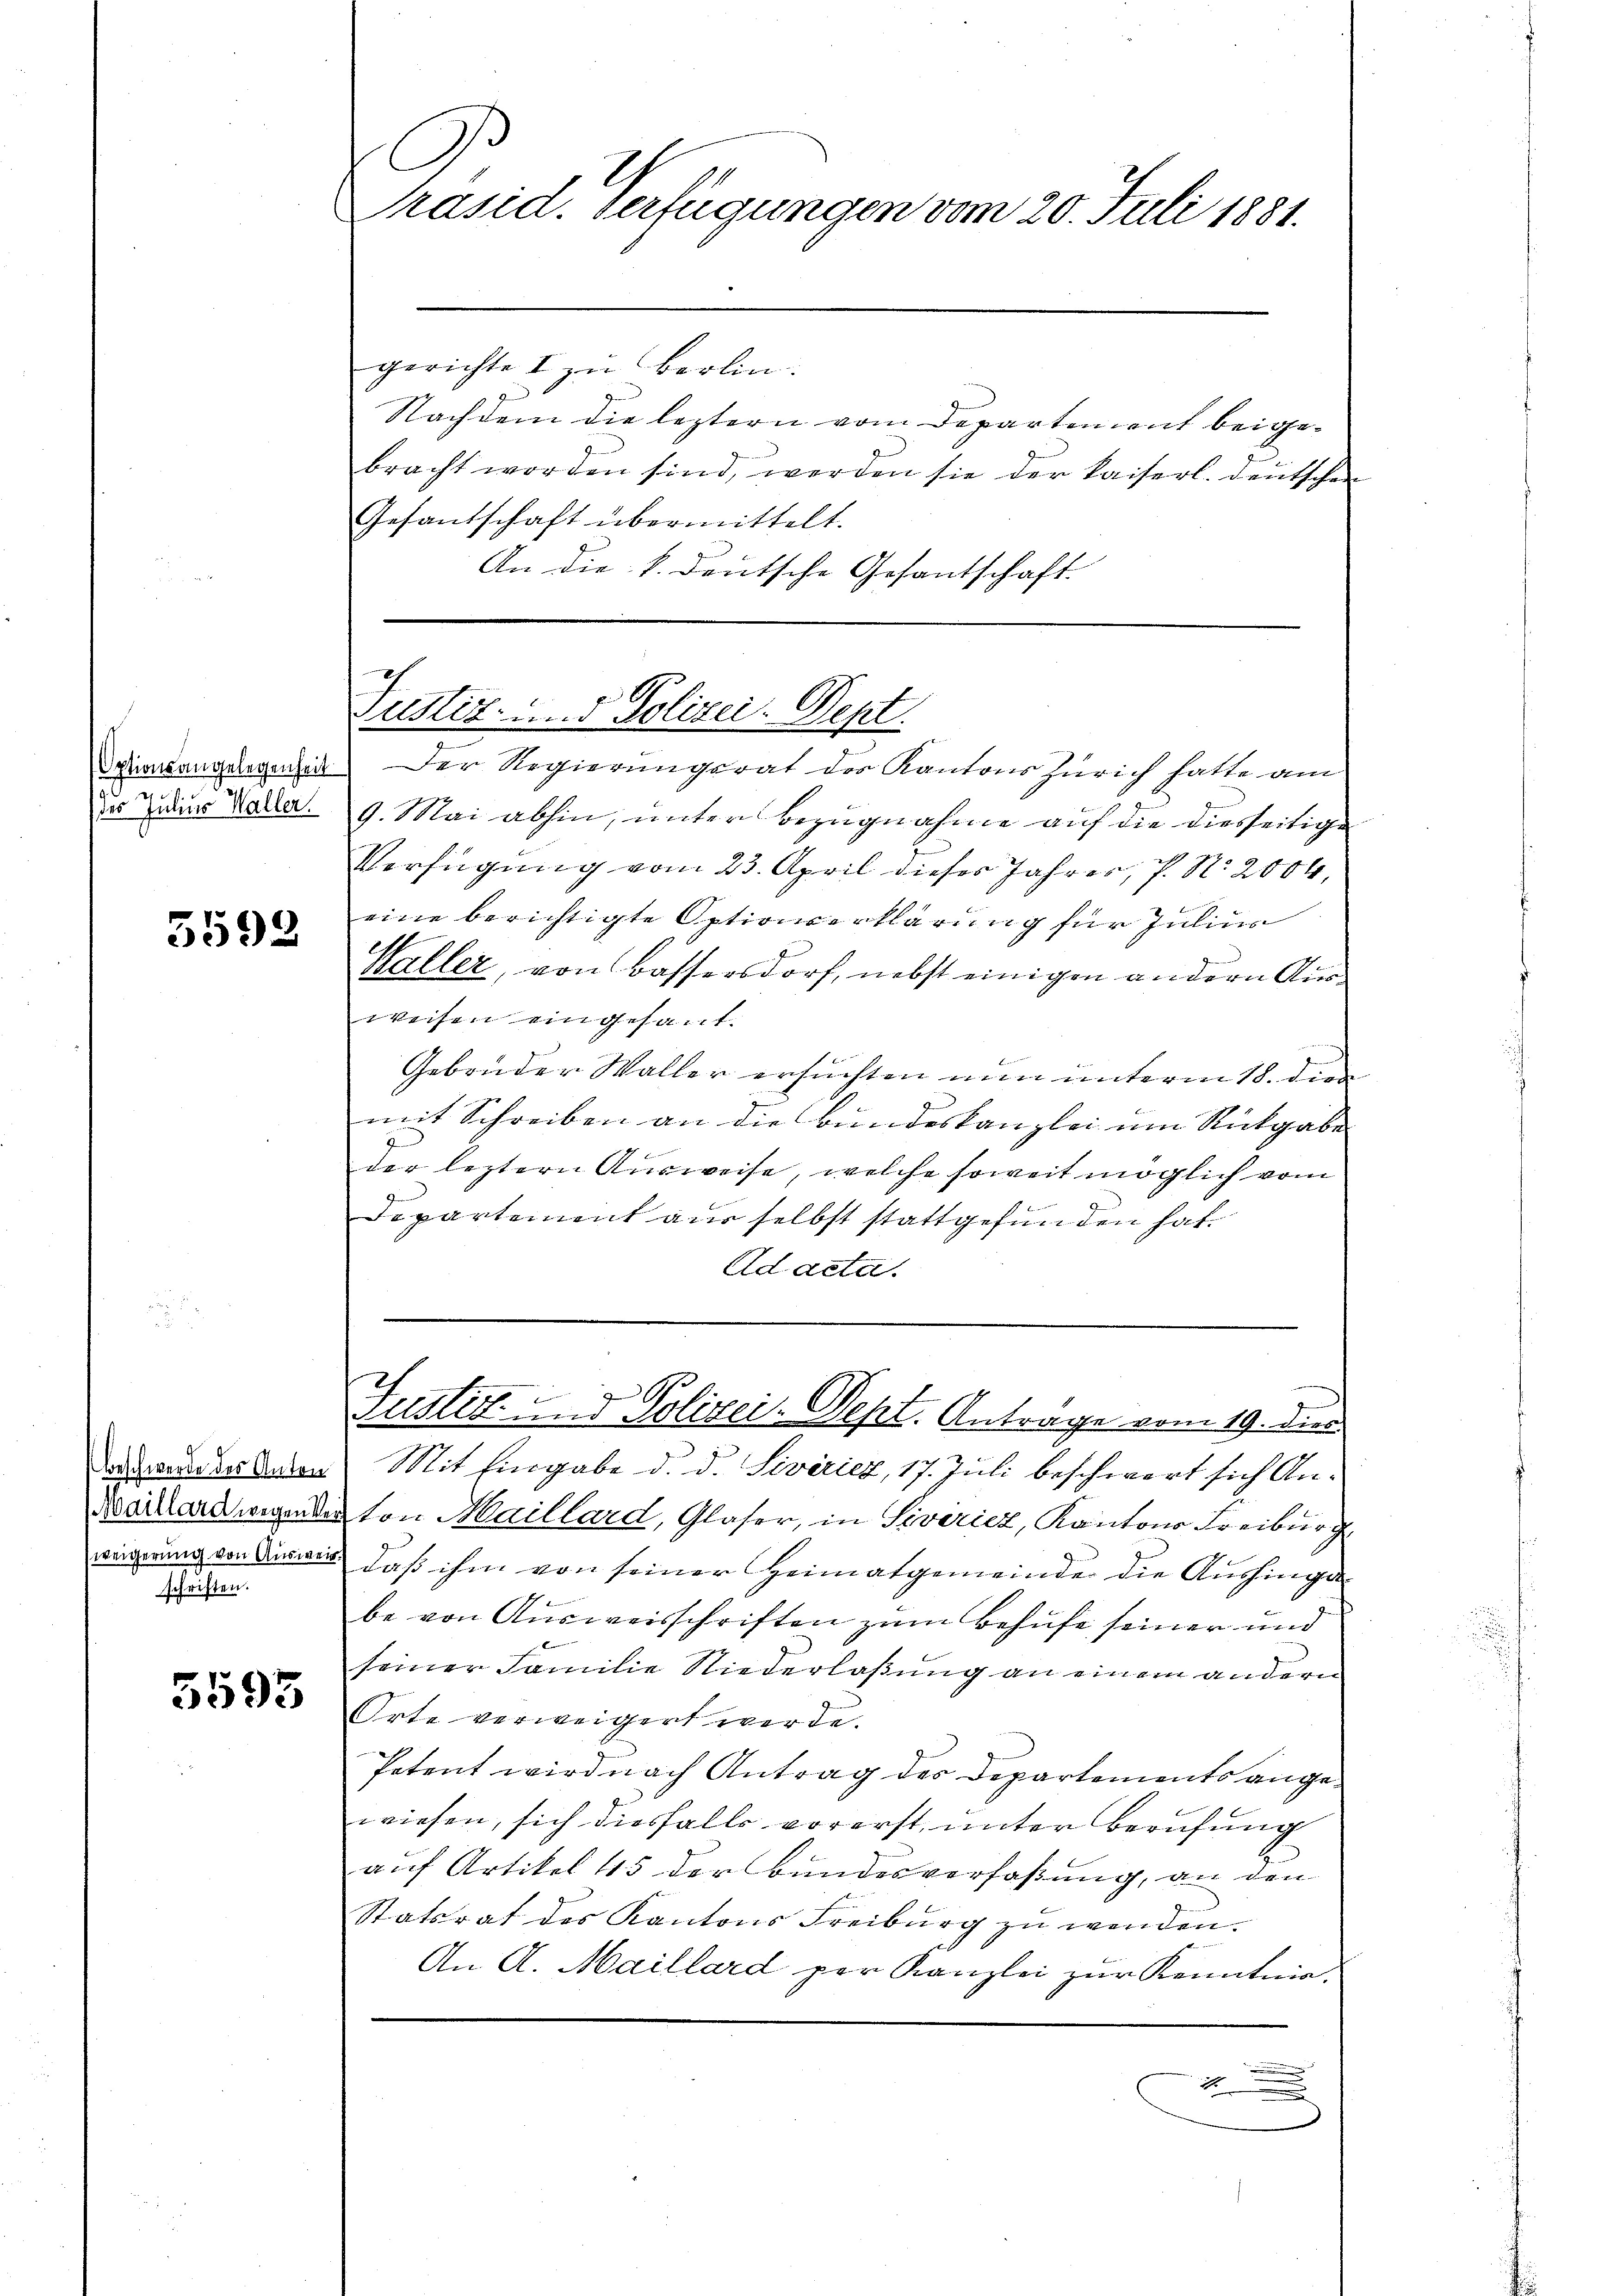
e

5592

schriften.

5593

.
Präsid. Verfügungen vom 20. Juli 1881.

gerichte I zu Berlin.
Nachdem die leztern vom Departement beigebracht worden sind, werden sie der Kaiserl. deutschen
Gesantschaft übermittelt.
An die k. deutsche Gesantschaft

I
Justiz- u. d. Polizei. Dept.

Oxionsangelegenheit. Der Regierungsrat der Kantons Zürich hatte am
des Jeder Vala. 9. Mai abhin, unter Bezugnahme auf die diesseitige
Verfügung vom 23. April dieses Jahres, P. N. 2004,
eine berichtigte Optionserklärung für Juliu
Waller, von Bassersdorf, nebst einigen andern Ausweisen eingesant.
Gebrüder Waller ersuchten nun unterm 18. die
mit Schreiben an die Bundeskanzlei um Rückgabe
der leztern Ausweise, welche soweit möglich vom
Departement aus selbst stattgefunden hat.
Ad acta.

Danebenen Mit Eingabe d. d. Severiez, 17. Juli beschwert sich Anvakanwenden von Maillard, Glaser, in Siveriez, Kantons Freiburg,
weigerung von Auswen, daß ihm von seiner Heimatgemeinde die Aushinges
be von Ausweisschriften zum Behufe seiner und
seiner Familie Niederlaßung an einem andern
Orte verweigert werde.
Potent wird nach Antrag des Departements angewiesen, sich diesfalls vorerst, unter Berufung
auf Artikel 15 der Bundesverfaßung, an den
Statsrat des Kantons Freiburg zu werden.
An A. Maillard per Kanzlei zur Kenntnia¬
.
1

c
Justiz- und Polizei-Dept. Antrage vom 19. dies